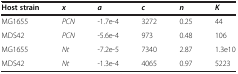
<table><thead><tr><td><b>Host strain</b></td><td><b><i>x</i></b></td><td><b><i>a</i></b></td><td><b><i>c</i></b></td><td><b><i>n</i></b></td><td><b><i>K</i></b></td></tr></thead><tbody><tr><td>MG1655</td><td><i>PCN</i></td><td>-1.7e-4</td><td>3272</td><td>0.25</td><td>44</td></tr><tr><td>MDS42</td><td><i>PCN</i></td><td>-5.6e-4</td><td>973</td><td>0.48</td><td>106</td></tr><tr><td>MG1655</td><td><i>Nt</i></td><td>-7.2e-5</td><td>7340</td><td>2.87</td><td>1.3e10</td></tr><tr><td>MDS42</td><td><i>Nt</i></td><td>-1.3e-4</td><td>4065</td><td>0.97</td><td>5223</td></tr></tbody></table>